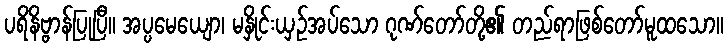
ပရိနိဗ္ဗာန်ပြုပြီ။ အပ္ပမေယျော၊ မနှိုင်းယှဉ်အပ်သော ဂုဏ်တော်တို့၏ တည်ရာဖြစ်တော်မူထသော။